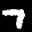
Label: 7